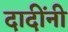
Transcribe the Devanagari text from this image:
दादींनी